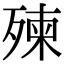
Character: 㱫